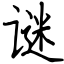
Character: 谜